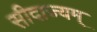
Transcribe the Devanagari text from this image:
सीदाज्यम्